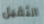
الثقيل